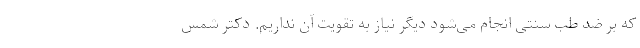
که بر ضد طب سنتی انجام می‌شود دیگر نیاز به تقویت آن نداریم. دکتر شمس